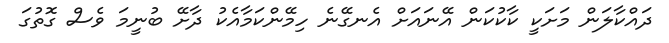
ދައްކާލަން މަށަކީ ކާކުކަން އޭނައަށް އެނގޭނެ ހިމޭންކަމާއެކު ދާށޭ ބުނީމަ ވެސް ގޮތުގަ